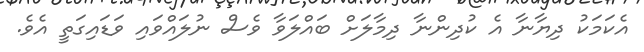
އެކަމަކު ދިޔާނާ އެ ކުދިންނާ ދިމާލަށް ބައްލަވާ ވެސް ނުލައްވައި ވަޑައިގަތީ އެވެ.